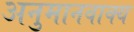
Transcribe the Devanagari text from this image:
अनुमानवाक्य